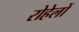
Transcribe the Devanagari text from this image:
रोहेलों